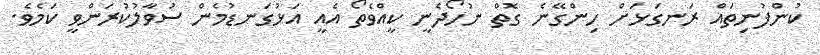
ކުންފުނިތައް ރަނގަޅަށް ހިންގޭނެ ގޮތް ނުހޯދެނީ ކީއްވެތޯ އެއީ އަޅުގަނޑުމެން ސުވާލުކުރަންވީ ކަމެވެ.